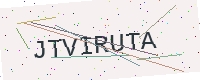
Text: JTVIRUTA